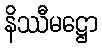
နိဿီမဋ္ဌော